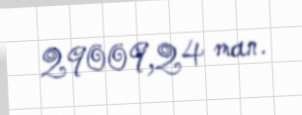
29009,24 man.